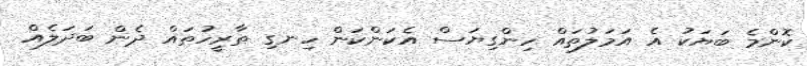
ކޮންމެ ބަޔަކު އެ އަމަލުތައް ހިންގިޔަސް އެކަންކަން ހިނގި ތާރީހުތައް ދެން ބަދަލެއް